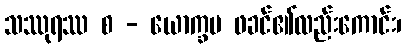
သဿုရဿ စ - ယောက္ခမ ဖခင်၏လည်းကောင်း၊